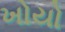
ખોયો